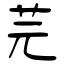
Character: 芫